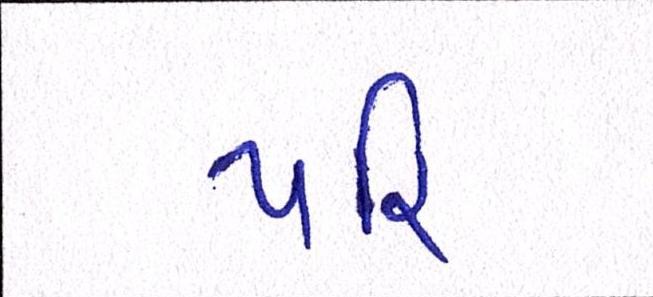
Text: પરિ